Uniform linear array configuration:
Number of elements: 4
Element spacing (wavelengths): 1
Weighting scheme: kaiser
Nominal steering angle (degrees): -15
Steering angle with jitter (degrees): -15.385
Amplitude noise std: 0.05
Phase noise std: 0.05

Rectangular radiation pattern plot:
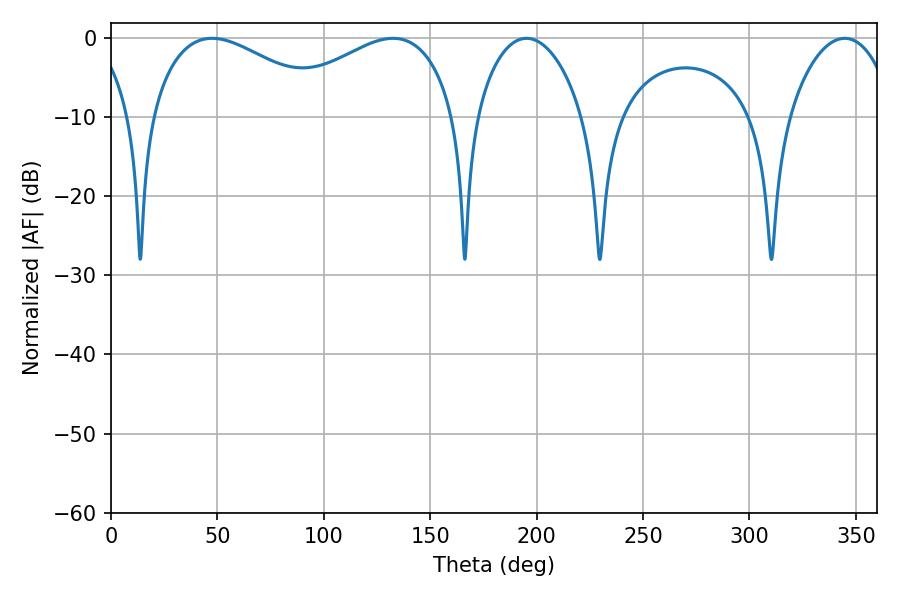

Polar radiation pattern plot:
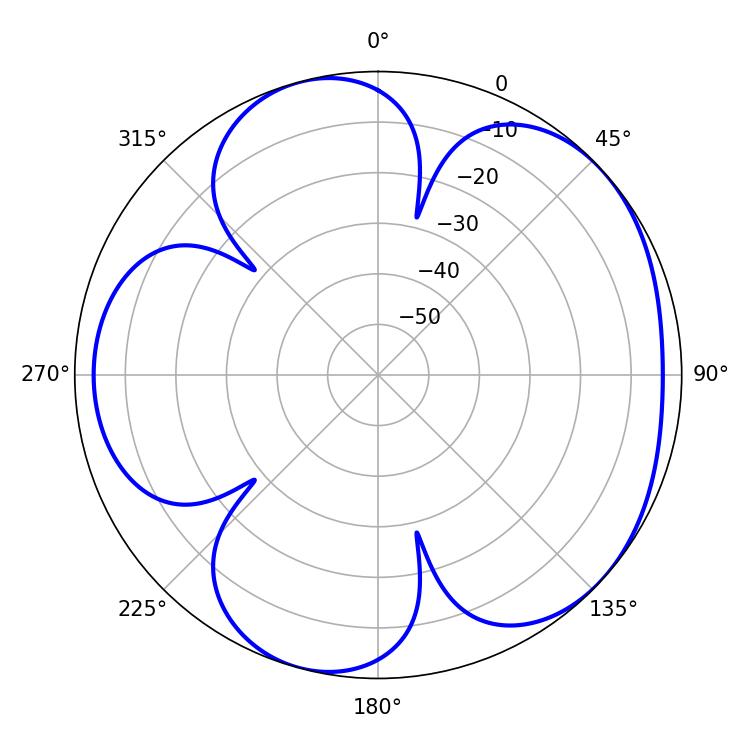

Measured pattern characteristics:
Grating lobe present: TRUE
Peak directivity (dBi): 4.814
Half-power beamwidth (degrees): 47.16
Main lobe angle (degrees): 47.52